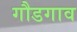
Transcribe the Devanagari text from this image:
गौडगाव